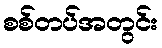
စစ်တပ်အတွင်း